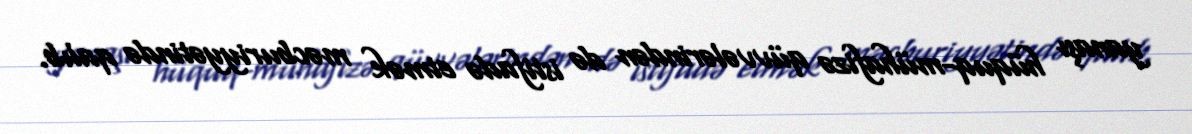
yanaşı hüquq-mühafizə qüvvələrindən də istifadə etmək məcburiyyətində qalıb.